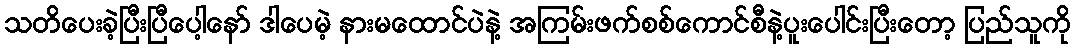
သတိပေးခဲ့ပြီးပြီပေါ့နော် ဒါပေမဲ့ နားမထောင်ပဲနဲ့ အကြမ်းဖက်စစ်ကောင်စီနဲ့ပူးပေါင်းပြီးတော့ ပြည်သူကို